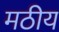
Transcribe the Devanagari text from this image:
मठीय